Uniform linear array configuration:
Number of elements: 12
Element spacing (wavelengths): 1
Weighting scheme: kaiser
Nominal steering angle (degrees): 15
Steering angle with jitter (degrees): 14.49
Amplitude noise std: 0.05
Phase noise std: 0.05

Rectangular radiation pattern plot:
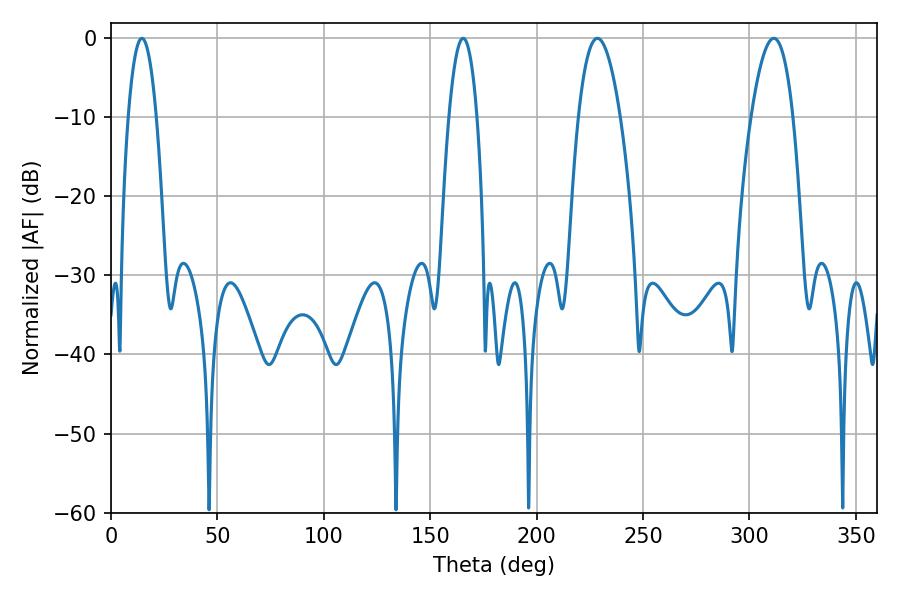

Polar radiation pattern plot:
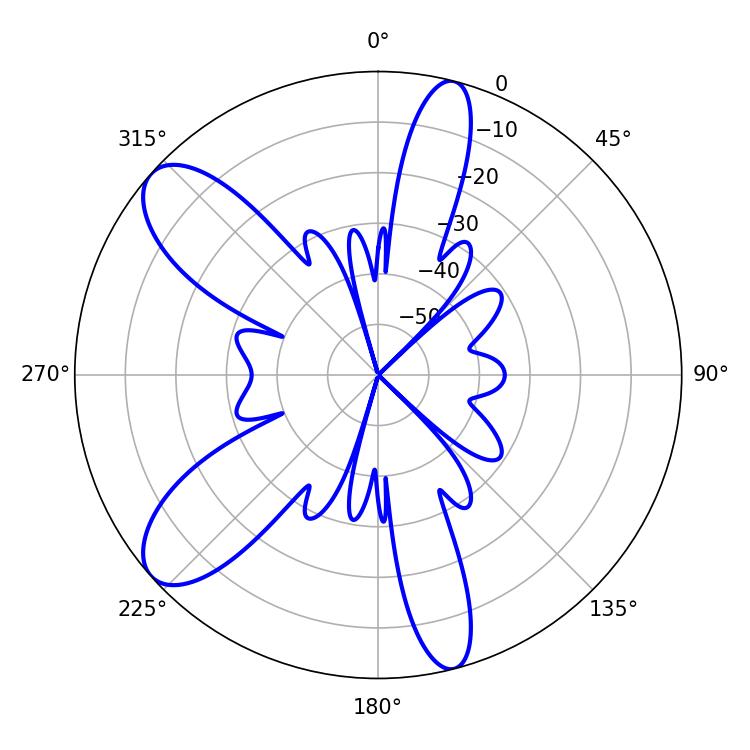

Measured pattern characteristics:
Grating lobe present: TRUE
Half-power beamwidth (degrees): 10.8
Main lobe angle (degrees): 228.6